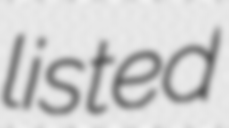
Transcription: listed